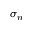
\sigma _ { n }